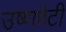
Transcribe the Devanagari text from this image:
उष्णपेटी